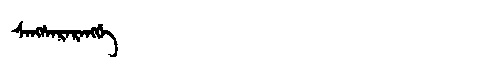
Manchu: ᠰᠠᠩᠰᠠᡵᠠᡵᠠᠩᡤᡝ
Romanization: SANGSARARANGGE